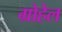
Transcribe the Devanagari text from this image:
ग्रोहेल